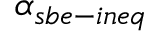
\alpha _ { s b e - i n e q }